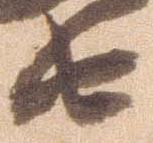
由